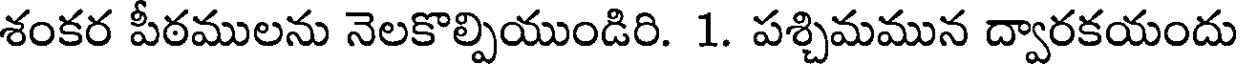
శంకర పీఠములను నెలకొల్పియుండిరి. 1. పశ్చిమమున ద్వారకయందు